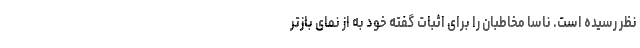
نظر رسیده است. ناسا مخاطبان را برای اثبات گفته خود به از نمای‌ بازتر